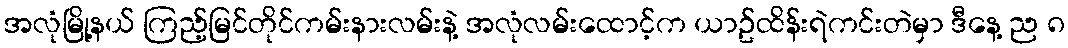
အလုံမြို့နယ် ကြည့်မြင်တိုင်ကမ်းနားလမ်းနဲ့ အလုံလမ်းထောင့်က ယာဥ်ထိန်းရဲကင်းတဲမှာ ဒီနေ့ ည ၈